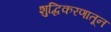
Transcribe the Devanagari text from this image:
शुद्धिकरणातून